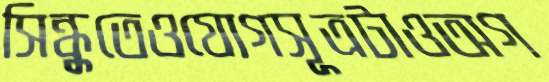
সিন্ধুতেওযোগসূত্রটাওঅগ